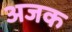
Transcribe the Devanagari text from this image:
अजक